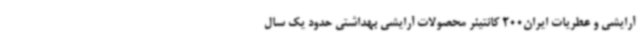
آرایشی و عطریات ایران200 کانتینر محصولات آرایشی بهداشتی حدود یک سال